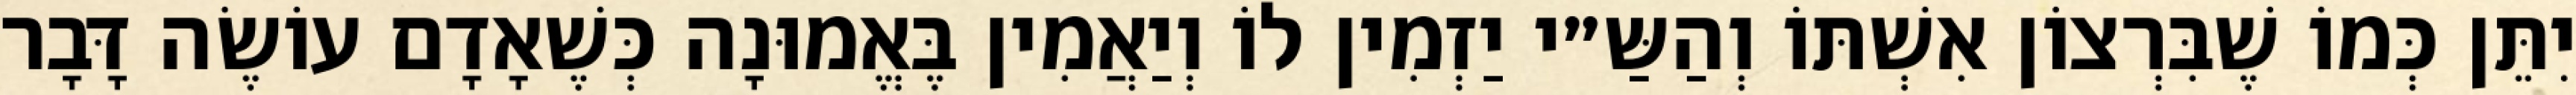
יִתֵּן כְּמוֹ שֶׁבִּרְצוֹן אִשְׁתּוֹ וְהַשַּ״י יַזְמִין לוֹ וְיַאֲמִין בֶּאֱמוּנָה כְּשֶׁאָדָם עוֹשֶׂה דָּבָר